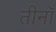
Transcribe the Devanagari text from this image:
तीनॉ